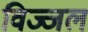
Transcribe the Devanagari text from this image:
विज्जल